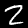
Digit: 2